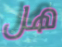
هل